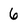
Character: 6